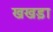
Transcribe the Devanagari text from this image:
खखड़ा